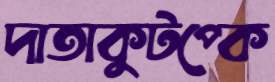
দাতাকুটপ্‌কে